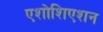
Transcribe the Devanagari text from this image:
एशोशिएशन